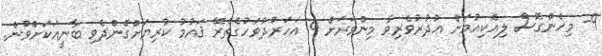
9- މިހެންގޮސް ލިއެކިއުމަށް ޢުޛުރުވެރިވާ މިންވަރަށް 4 އަހަރުދުވަހުގެތެރޭ ޤައުމު ކުރިޔަށްގެންދެވި ބާނީއަކަށްވުން.